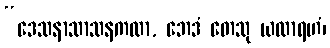
“ဒေသနာသာသနကထာ, ဘေဒံ တေသု ယထာရဟံ၊